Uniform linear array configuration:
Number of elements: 8
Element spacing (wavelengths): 0.75
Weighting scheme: uniform
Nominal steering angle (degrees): -60
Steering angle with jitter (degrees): -61.018
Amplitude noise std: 0.05
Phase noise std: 0.05

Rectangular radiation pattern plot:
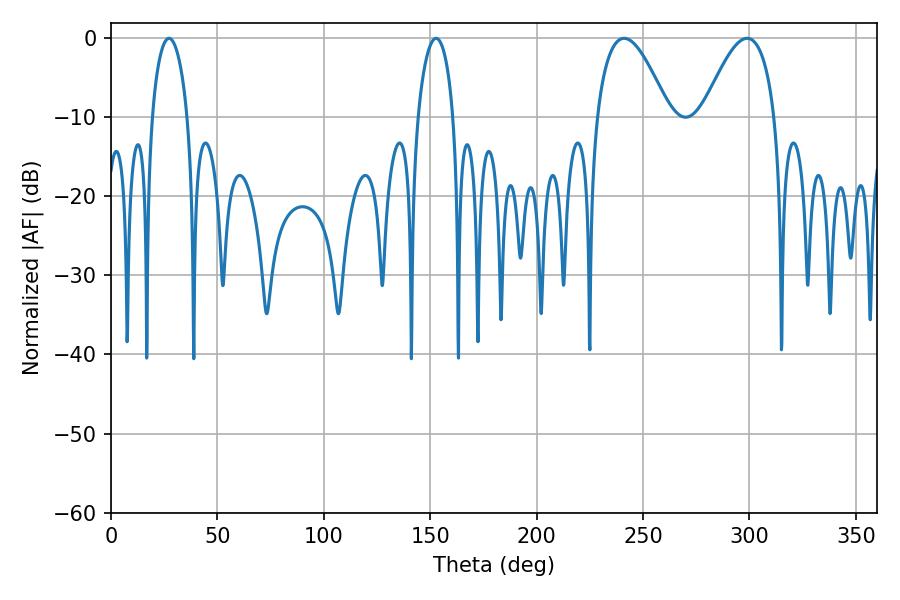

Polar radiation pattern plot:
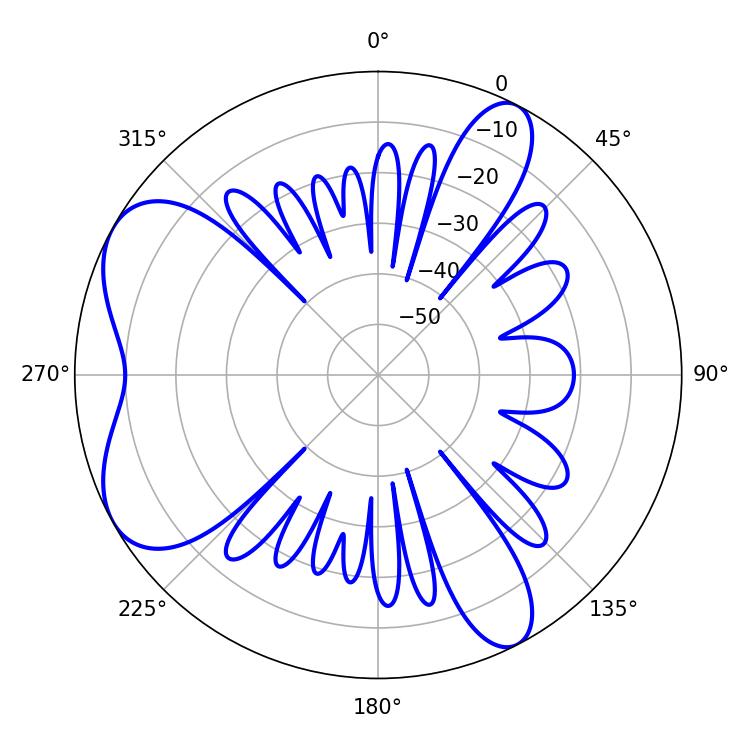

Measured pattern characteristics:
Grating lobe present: TRUE
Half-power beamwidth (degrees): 18.54
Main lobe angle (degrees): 241.02